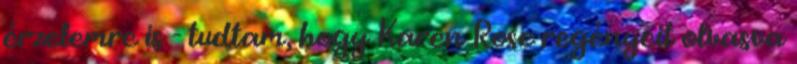
érzelemre is - tudtam, hogy Karen Rose regényeit olvasva